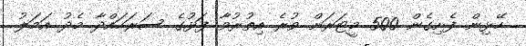
ހޭޅިން ފެށިގެން 500 މީޓަރަށް ވުރެ އިތުރުވާ ފަޅުގެ ސަރަހައްދާ މެދު އަމަލު